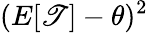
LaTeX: (E[\mathscr{T}]-\theta)^{2}